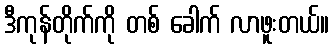
ဒီကုန်တိုက်ကို တစ် ခေါက် လာဖူးတယ်။